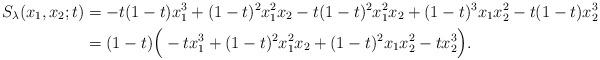
LaTeX: \begin{align*}S_{\lambda}(x_1,x_2;t)&=-t(1-t) x_1^3+(1-t)^2 x_1^2 x_2 - t(1-t)^2 x_1^2 x_2+(1-t)^3 x_1 x_2^2-t(1-t) x_2^3\\&=(1-t)\Big(-t x_1^3 + (1-t)^2 x_1^2 x_2 + (1-t)^2 x_1 x_2^2 - t x_2^3\Big).\end{align*}